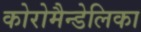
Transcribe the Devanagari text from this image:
कोरोमैन्डेलिका